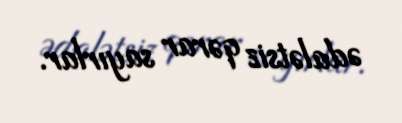
ədalətsiz qərar sayırlar.